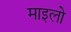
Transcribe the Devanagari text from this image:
माइलो